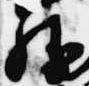
勝